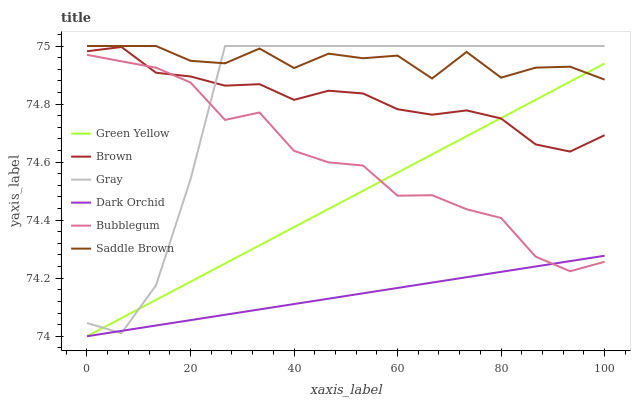
| xaxis_label | Green Yellow | Brown | Gray | Dark Orchid | Bubblegum | Saddle Brown |
 | --- | --- | --- | --- | --- | --- | --- |
 | 0 | 74 | 75 | 74 | 74 | 75 | 75 |
 | 6.67 | 74.1 | 75 | 74 | 74 | 74.9 | 75 |
 | 13.3 | 74.1 | 74.9 | 74.2 | 74 | 74.9 | 75 |
 | 20 | 74.2 | 74.9 | 74.5 | 74.1 | 74.9 | 74.9 |
 | 26.7 | 74.3 | 74.9 | 75 | 74.1 | 74.7 | 74.9 |
 | 33.3 | 74.3 | 74.9 | 75 | 74.1 | 74.8 | 75 |
 | 40 | 74.4 | 74.8 | 75 | 74.1 | 74.6 | 74.9 |
 | 46.7 | 74.4 | 74.8 | 75 | 74.1 | 74.6 | 75 |
 | 53.3 | 74.5 | 74.8 | 75 | 74.1 | 74.6 | 75 |
 | 60 | 74.6 | 74.8 | 75 | 74.2 | 74.5 | 75 |
 | 66.7 | 74.6 | 74.8 | 75 | 74.2 | 74.5 | 74.9 |
 | 73.3 | 74.7 | 74.8 | 75 | 74.2 | 74.4 | 75 |
 | 80 | 74.8 | 74.8 | 75 | 74.2 | 74.4 | 74.9 |
 | 86.7 | 74.8 | 74.7 | 75 | 74.2 | 74.3 | 74.9 |
 | 93.3 | 74.9 | 74.6 | 75 | 74.3 | 74.2 | 74.9 |
 | 100 | 74.9 | 74.7 | 75 | 74.3 | 74.3 | 74.9 |